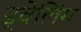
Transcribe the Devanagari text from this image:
ड्वेलिंग